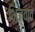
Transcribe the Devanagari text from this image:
भिजवाते